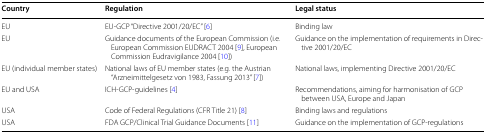
<table><thead><tr><td><b>Country</b></td><td><b>Regulation</b></td><td><b>Legal status</b></td></tr></thead><tbody><tr><td>EU</td><td>EU-GCP “Directive 2001/20/EC” [6]</td><td>Binding law</td></tr><tr><td>EU</td><td>Guidance documents of the European Commission (i.e. European Commission EUDRACT 2004 [9], European Commission Eudravigilance 2004 [10])</td><td>Guidance on the implementation of requirements in Directive 2001/20/EC</td></tr><tr><td>EU (individual member states)</td><td>National laws of EU member states (e.g. the Austrian “Arzneimittelgesetz von 1983, Fassung 2013” [7])</td><td>National laws, implementing Directive 2001/20/EC</td></tr><tr><td>EU and USA</td><td>ICH-GCP-guidelines [4]</td><td>Recommendations, aiming for harmonisation of GCP between USA, Europe and Japan</td></tr><tr><td>USA</td><td>Code of Federal Regulations (CFR Title 21) [8]</td><td>Binding laws and regulations</td></tr><tr><td>USA</td><td>FDA GCP/Clinical Trial Guidance Documents [11]</td><td>Guidance on the implementation of GCP-regulations</td></tr></tbody></table>